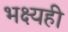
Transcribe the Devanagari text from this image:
भक्ष्यही